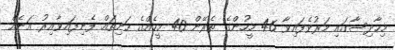
މިހާދިސާގައި މަރުވެފައިވާ 46 މީހުންގެ ތެރޭން 40 މީހެއްގެ ހަށިތައް ފެނިފައިވާއިރު އަނެއް